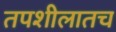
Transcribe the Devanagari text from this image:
तपशीलातच